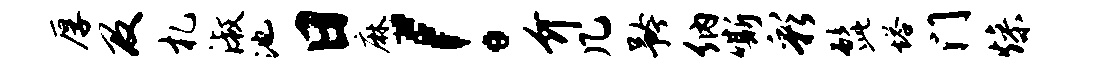
厚及札淑池日麻！介几矜纳嘶彩髭塔门燥